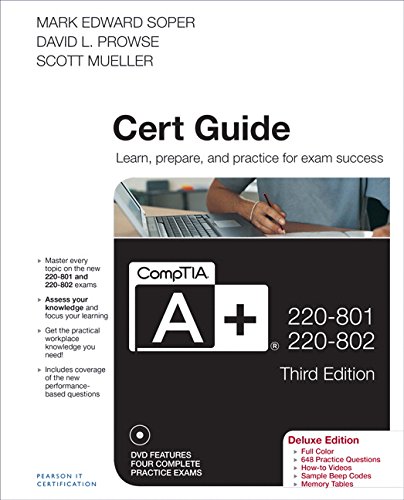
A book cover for CompTIA A+ 220-801 and 220-802 Cert Guide, Deluxe Edition (3rd Edition); Mark Edward Soper; Computers & Technology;